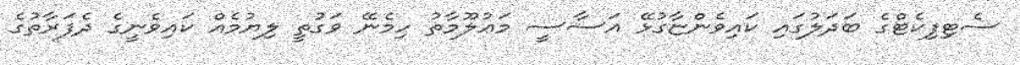
ސެޓިފިކެޓްގެ ބަދަލުގައި ކައިވެންޏާގުޅޭ އަސާސީ މަޢުލޫމާތު ހިމެނޭ ވަގުތީ ލިޔުމެއް ކައިވެނީގެ ދެފަރާތުގެ